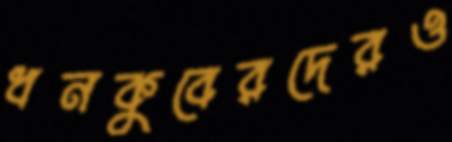
ধনকুবেরদেরও